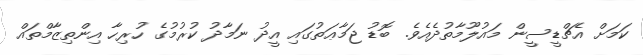
ކަމަށް އެޗްޑީސީން މައުލޫމާތުދެއެވެ. ބޮޑު ޖަމާޢަތުގައި އީދު ނަމާދު ކުރުމުގެ ހުރިހާ އިންތިޒާމްތައް